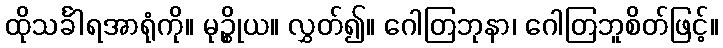
ထိုသင်္ခါရအာရုံကို။ မုဉ္စိုယ။ လွှတ်၍။ ဂေါတြဘုနာ၊ ဂေါတြဘူစိတ်ဖြင့်။